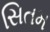
સિતમ